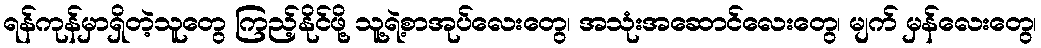
ရန်ကုန်မှာရှိတဲ့သူတွေ ကြည့်နိုင်ဖို့ သူ့ရဲ့စာအုပ်လေးတွေ၊ အသုံးအဆောင်လေးတွေ၊ မျက် မှန်လေးတွေ၊